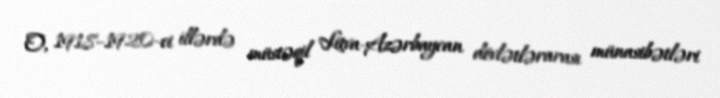
O, 1918–1920-ci illərdə müstəqil Litva-Azərbaycan dövlətlərarası münasibətləri